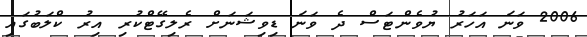
2006 ވަނަ އަހަރު ޔުވެންޓަސް ދެ ވަނަ ޑިވިޝަނަށް ރެލިގޭޓްކުރި އިރު ކްލަބުގައި